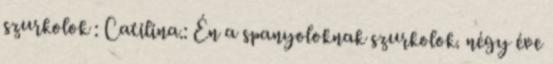
szurkolok : Catilina.: Én a spanyoloknak szurkolok. négy éve